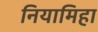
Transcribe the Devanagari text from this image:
नियामिहा